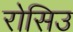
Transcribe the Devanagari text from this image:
रोसिउ